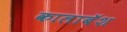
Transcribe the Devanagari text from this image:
कालाबॅश